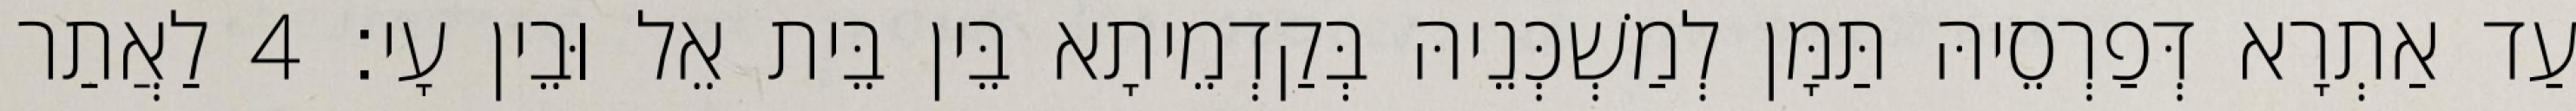
עַד אַתְרָא דְּפַרְסֵיהּ תַּמָּן לְמַשְׁכְּנֵיהּ בְּקַדְמֵיתָא בֵּין בֵּית אֵל וּבֵין עָי׃ 4 לַאֲתַר